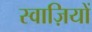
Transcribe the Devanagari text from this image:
स्वाज़ियों